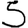
Digit: 5